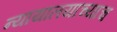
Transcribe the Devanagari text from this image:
न्यायालयाच्याच